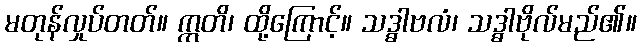
မတုန်လှုပ်တတ်။ ဣတိ၊ ထို့ကြောင့်။ သဒ္ဓါဗလံ၊ သဒ္ဓါဗိုလ်မည်၏။